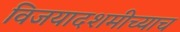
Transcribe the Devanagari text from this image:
विजयादशमीच्याच